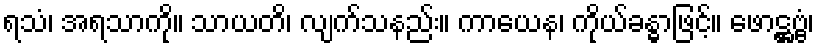
ရသံ၊ အရသာကို။ သာယတိ၊ လျက်သနည်း။ ကာယေန၊ ကိုယ်ခန္ဓာဖြင့်။ ဖောဋ္ဌဗ္ဗံ၊